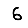
Digit: 6